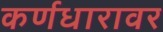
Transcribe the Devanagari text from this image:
कर्णधारावर